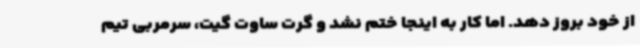
از خود بروز دهد. اما کار به اینجا ختم نشد و گرت ساوت گیت، سرمربی تیم